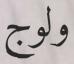
ولوج